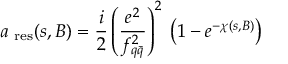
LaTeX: a _ { \mathrm { \scriptsize ~ r e s } } ( s , B ) = \frac { i } { 2 } \left( \frac { e ^ { 2 } } { f _ { q \bar { q } } ^ { 2 } } \right) ^ { 2 } \; \left( 1 - e ^ { - \chi ( s , B ) } \right)